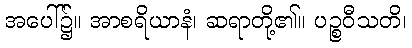
အပေါ်၌။ အာစရိယာနံ၊ ဆရာတို့၏။ ပဉ္စဝီသတိ၊